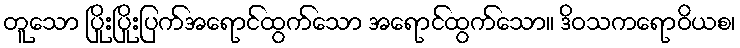
တူသော ပြိုးပြိုးပြက်အရောင်ထွက်သော အရောင်ထွက်သော။ ဒိဝသကရောဝိယစ၊